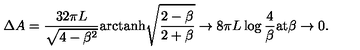
\Delta A = \frac { 3 2 \pi L } { \sqrt { 4 - \beta ^ { 2 } } } \mathrm { a r c t a n h } \sqrt { \frac { 2 - \beta } { 2 + \beta } } \to 8 \pi L \log \frac { 4 } { \beta } \mathrm { a t } \beta \to 0 .